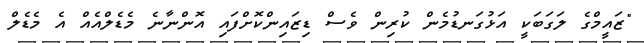
"ޒައީމްގެ ލަގަބަކީ އަޅުގަނޑުމެން ކުރިން ވެސް ޑިޒައިންކޮށްފައި އޮންނާނެ މެޑެލްއެއް އެ މެޑެލް